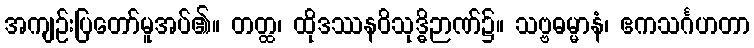
အကျဉ်းပြတော်မူအပ်၏။ တတ္ထ၊ ထိုဒဿနဝိသုဒ္ဓိဉာဏ်၌။ သဗ္ဗဓမ္မာနံ၊ ဧကသင်္ဂဟတာ